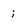
Character: i